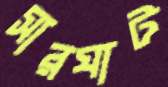
সারঘাট